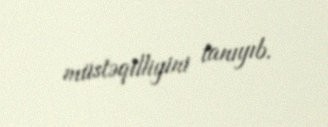
müstəqilliyini tanıyıb.